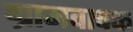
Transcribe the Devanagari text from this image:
ग्रामवाचक